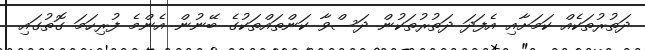
ދަތުރުތަކެއް ކަމަށާއި އެފަދަ ދަތުރުތަކުން ދަސްވާ ކަންތައްތަކުގެ ބޭނުން އެންމެ ފުރިހަމަ ގޮތުގައި